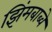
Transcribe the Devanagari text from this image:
झिंमबाब्वे